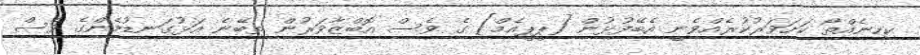
ކިހިނެއްތޯ ކަށަވަރުކުރެއްވެނީ އެބޭފުޅުން [ޕީޕީއެމް] ގެ ވެސް އޮބްޒާވަރުން ތިބޭނެ އަޅުގަނޑުމެންގެ ވެސް